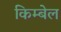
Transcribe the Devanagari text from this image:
किम्बेल